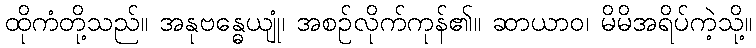
ထိုကံတို့သည်။ အနုဗန္ဓေယျုံ၊ အစဉ်လိုက်ကုန်၏။ ဆာယာဝ၊ မိမိအရိပ်ကဲ့သို့။